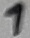
Text: 1